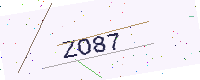
Text: ZO87